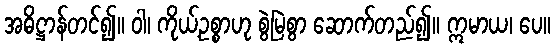
အဓိဋ္ဌာန်တင်၍။ ဝါ၊ ကိုယ့်ဥစ္စာဟု စွဲမြဲစွာ ဆောက်တည်၍။ ဣမာယ၊ ပေ။